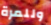
وللمرة